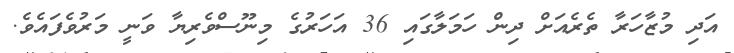
އަދި މުޒާހަރާ ތެރެއަށް ދިން ހަމަލާގައި 36 އަހަރުގެ މިނޫސްވެރިޔާ ވަނީ މަރުވެފައެވެ.